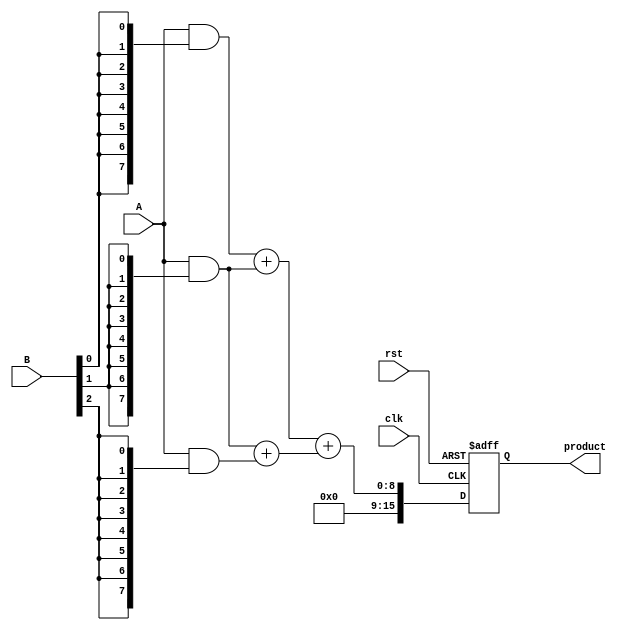
module wallace_tree_multiplier #(parameter N = 8) (
    input  wire [N-1:0] A,        // Multiplicand
    input  wire [N-1:0] B,        // Multiplier
    input  wire clk,               // Clock signal
    input  wire rst,               // Reset signal
    output reg [2*N-1:0] product   // Product output
);

    // Generate partial products
    wire [N-1:0] pp [0:N-1]; // Partial products
    genvar i;
    generate
        for (i = 0; i < N; i = i + 1) begin : partial_product_gen
            assign pp[i] = A & {N{B[i]}}; // ANDing A with each bit of B
        end
    endgenerate

    // Wallace tree reduction
    wire [N-1:0] sum [0:N-1]; // Sums of the partial products
    wire [N-1:0] carry [0:N-1]; // Carries from adders

    // First layer of reduction
    generate
        for (i = 0; i < N; i = i + 1) begin : first_layer
            if (i < N-1) begin
                assign {carry[i], sum[i]} = pp[i] + pp[i+1]; // Full adder for pairs
            end else begin
                assign sum[i] = pp[i]; // Last partial product
                assign carry[i] = 0; // No carry for the last
            end
        end
    endgenerate

    // Subsequent layers of reduction
    // This part can be expanded for more layers as needed
    wire [N-1:0] final_sum;
    wire [N-1:0] final_carry;

    assign {final_carry, final_sum} = sum[0] + sum[1]; // Example for two rows

    // Final addition to get the product
    always @(posedge clk or posedge rst) begin
        if (rst) begin
            product <= 0;
        end else begin
            product <= {final_carry, final_sum}; // Combine final carry and sum
        end
    end

endmodule